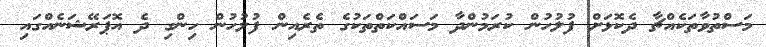
މަސްތުވާތަކެއްޗާ ދެކޮޅަށް ފުލުހުން ކުރަމުންދާ މަސައްކަތްތަކުގެ ތެރެއިން ފުލުހުން ހިންގި ދެ އޮޕަރޭޝަނެއްގައި